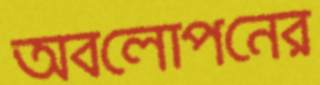
অবলোপনের